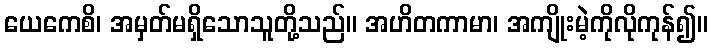
ယေကေစိ၊ အမှတ်မရှိသောသူတို့သည်။ အဟိတကာမာ၊ အကျိုးမဲ့ကိုလိုကုန်၍။